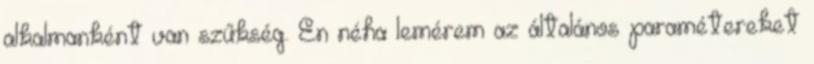
alkalmanként van szűkség. Én néha lemérem az általános paramétereket